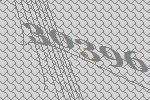
30396